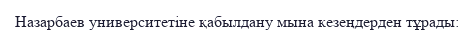
Назарбаев университетіне қабылдану мына кезеңдерден тұрады: